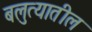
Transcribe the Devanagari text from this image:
बलुत्यातील